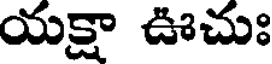
యక్షా ఊచుః